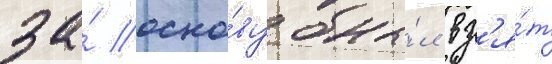
за́ осно́ву бы́л вз'я́т